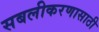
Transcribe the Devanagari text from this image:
सबलीकरणासाठी